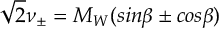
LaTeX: \sqrt 2 \nu _ { \pm } = M _ { W } ( s i n \beta \pm c o s \beta )